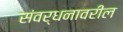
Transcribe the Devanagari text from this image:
संवर्धनावरील